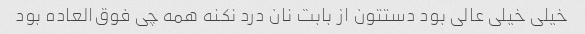
خیلی خیلی عالی بود دستتون از بابت نان درد نکنه همه چی فوق‌العاده بود